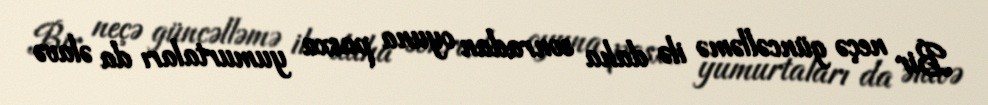
Bir neçə güncəlləmə ilə daha sonradan oyuna pasxa yumurtaları da əlavə